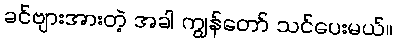
ခင်ဗျားအားတဲ့ အခါ ကျွန်တော် သင်ပေးမယ်။